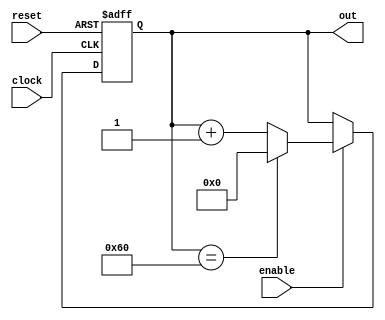

`timescale 1 ns / 100 ps
module counter(out, enable, reset, clock);
  output [7:0] 	out;
  input 	clock, reset, enable;

  reg [7:0] 	out;


 always @ (posedge clock or posedge reset)
  if(reset)
    out <= 8'h00;
  else if(enable)
    if(out == 8'h60) //when out = 96
    	out <= 8'h00;
    else  out <= out+1;
	 


endmodule